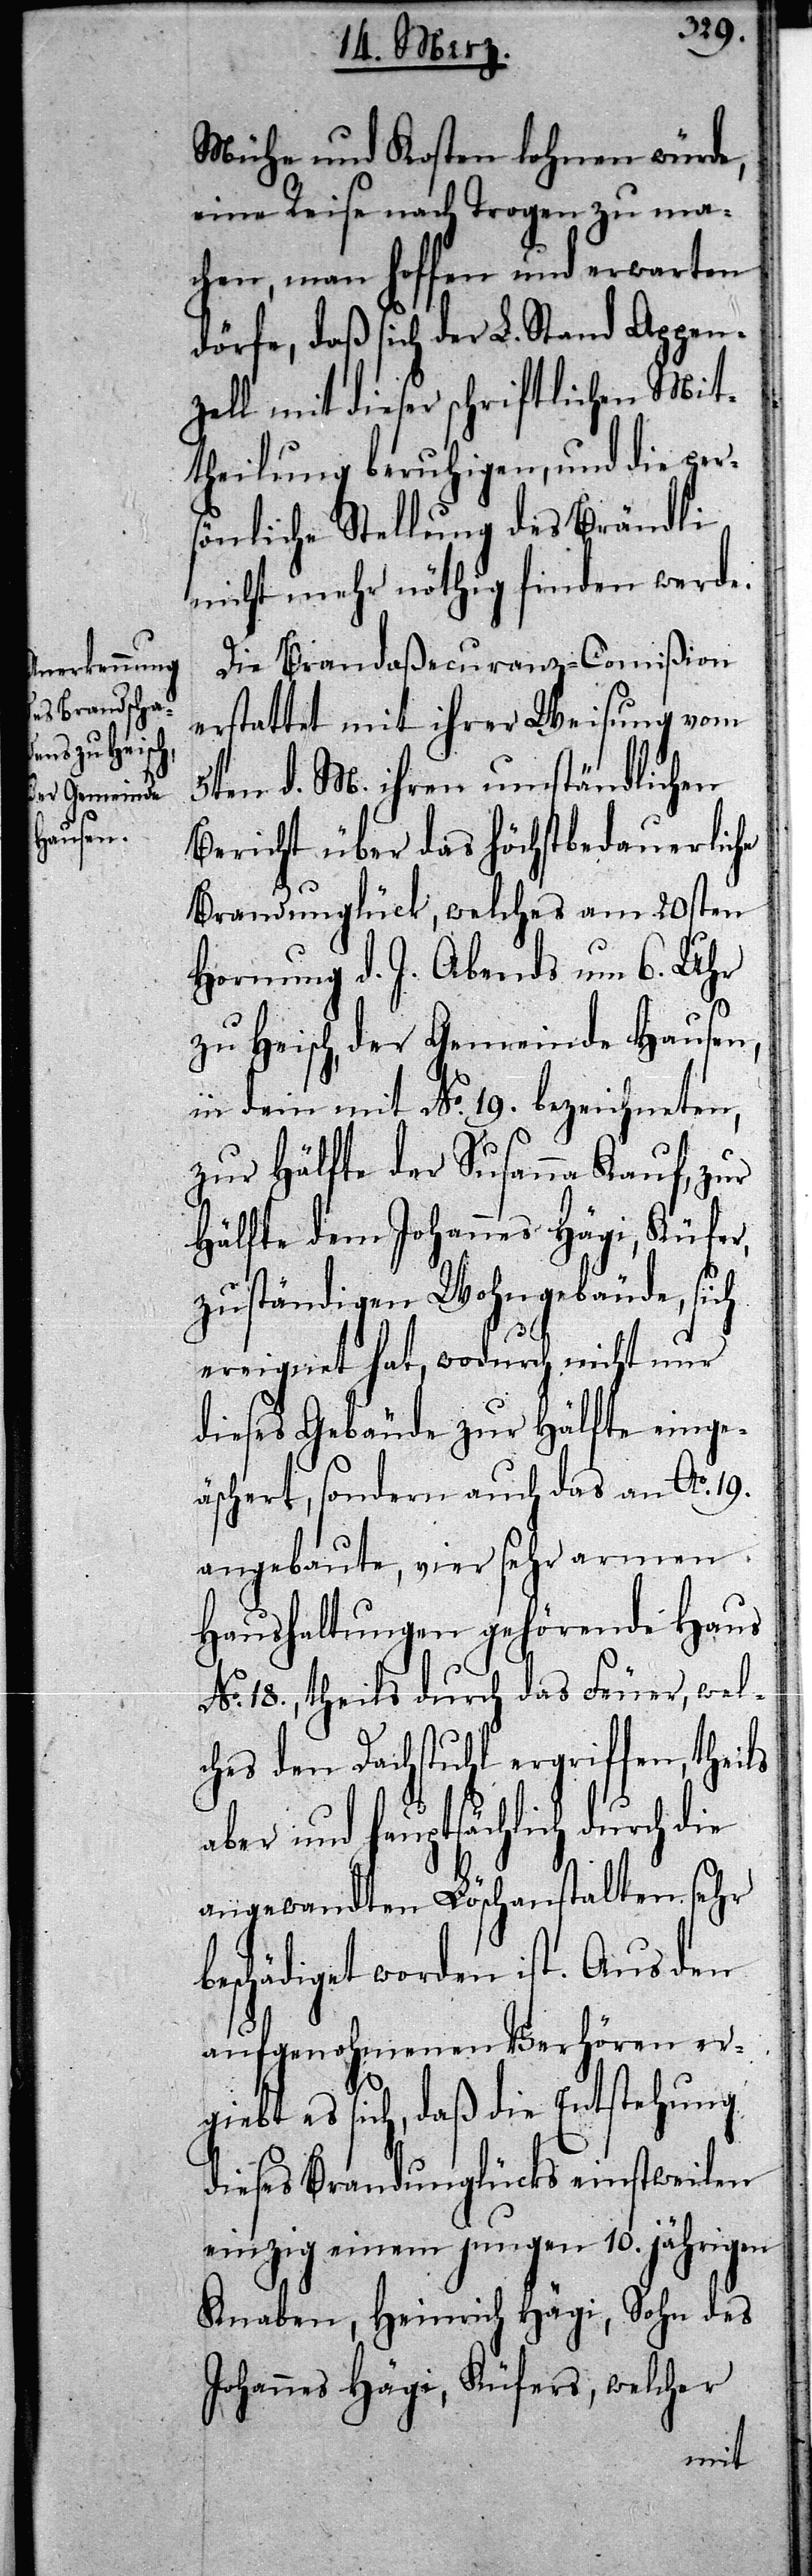
Mühe und Kosten lohnen würde,
eine Reise nach Trogen zu ma¬
chen, man hoffen und erwarten
dörfe, daß sich der L. Stand Appen¬
zell mit dieser schriftlichen Mit¬
theilung beruhigen, und die pers¬
önliche Stellung des Brändli
nicht mehr nöthig finden werde.
Die Brandaßecuranz-Commißion
erstattet mit ihrer Weisung vom
5ten d. M. ihren umständlichen
Bericht über das höchstbedauerliche
Brandunglück, welches am 20sten
Hornung d. J. Abends um 6. Uhr
b¬
zu Heisch, der Gemeinde Hausen,
in dem mit No. 19. bezeichneten,
zur Hälfte der Susanna Kauf, zur
Hälfte dem Johannes Hägi, Küfer,
zuständigen Wohngebäude, sich
ereignet hat, wodurch nicht nur
dieses Gebäude zur Hälfte einge¬
äschert, sondern auch das an Ao.
angebaute, vier sehr armen
Haushaltungen gehörende Haus
No. 18., theils durch das Feuer, welc¬
hes den Dachstuhl ergriffen, theils
aber und hauptsächlich durch d¬
angewandten Löschanstalten sehr
eschädiget worden ist. Aus den
aufgenohmenen Verhören er¬
giebt es sich, daß die Entstehung
dieses Brandunglücks einstweilen
einzig einem jungen 10. jährigen
Knaben, Heinrich Hägi, Sohn des
Johannes Hägi, Küfers, welcher